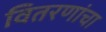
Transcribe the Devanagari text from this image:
वितरणांचा